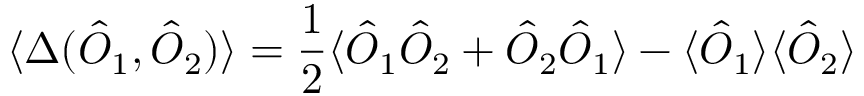
\langle \Delta ( \hat { O } _ { 1 } , \hat { O } _ { 2 } ) \rangle = \frac { 1 } { 2 } \langle \hat { O } _ { 1 } \hat { O } _ { 2 } + \hat { O } _ { 2 } \hat { O } _ { 1 } \rangle - \langle \hat { O } _ { 1 } \rangle \langle \hat { O } _ { 2 } \rangle